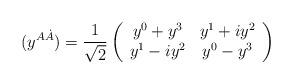
LaTeX: \begin{align*}(y^{A\dot A})={1\over \sqrt{2}}\left(\begin{array}{cc}y^0 +y^3&y^1+iy^2\\y^1-iy^2&y^0-y^3\end{array}\right)\end{align*}